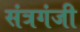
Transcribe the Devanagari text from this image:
संत्रगंजी